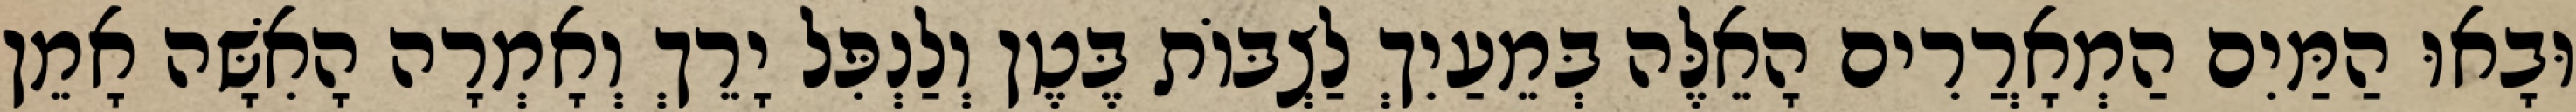
וּבָאוּ הַמַּיִם הַמְאָרֲרִים הָאֵלֶּה בְּמֵעַיִךְ לַצְבּוֹת בֶּטֶן וְלַנְפִּל יָרֵךְ וְאָמְרָה הָאִשָּׁה אָמֵן